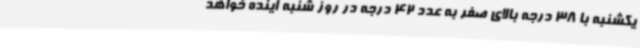
یکشنبه با 38 درجه بالای صفر به عدد 42 درجه در روز شنبه آینده خواهد